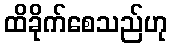
ထိခိုက်စေသည်ဟု